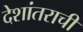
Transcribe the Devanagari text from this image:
देशांतराची